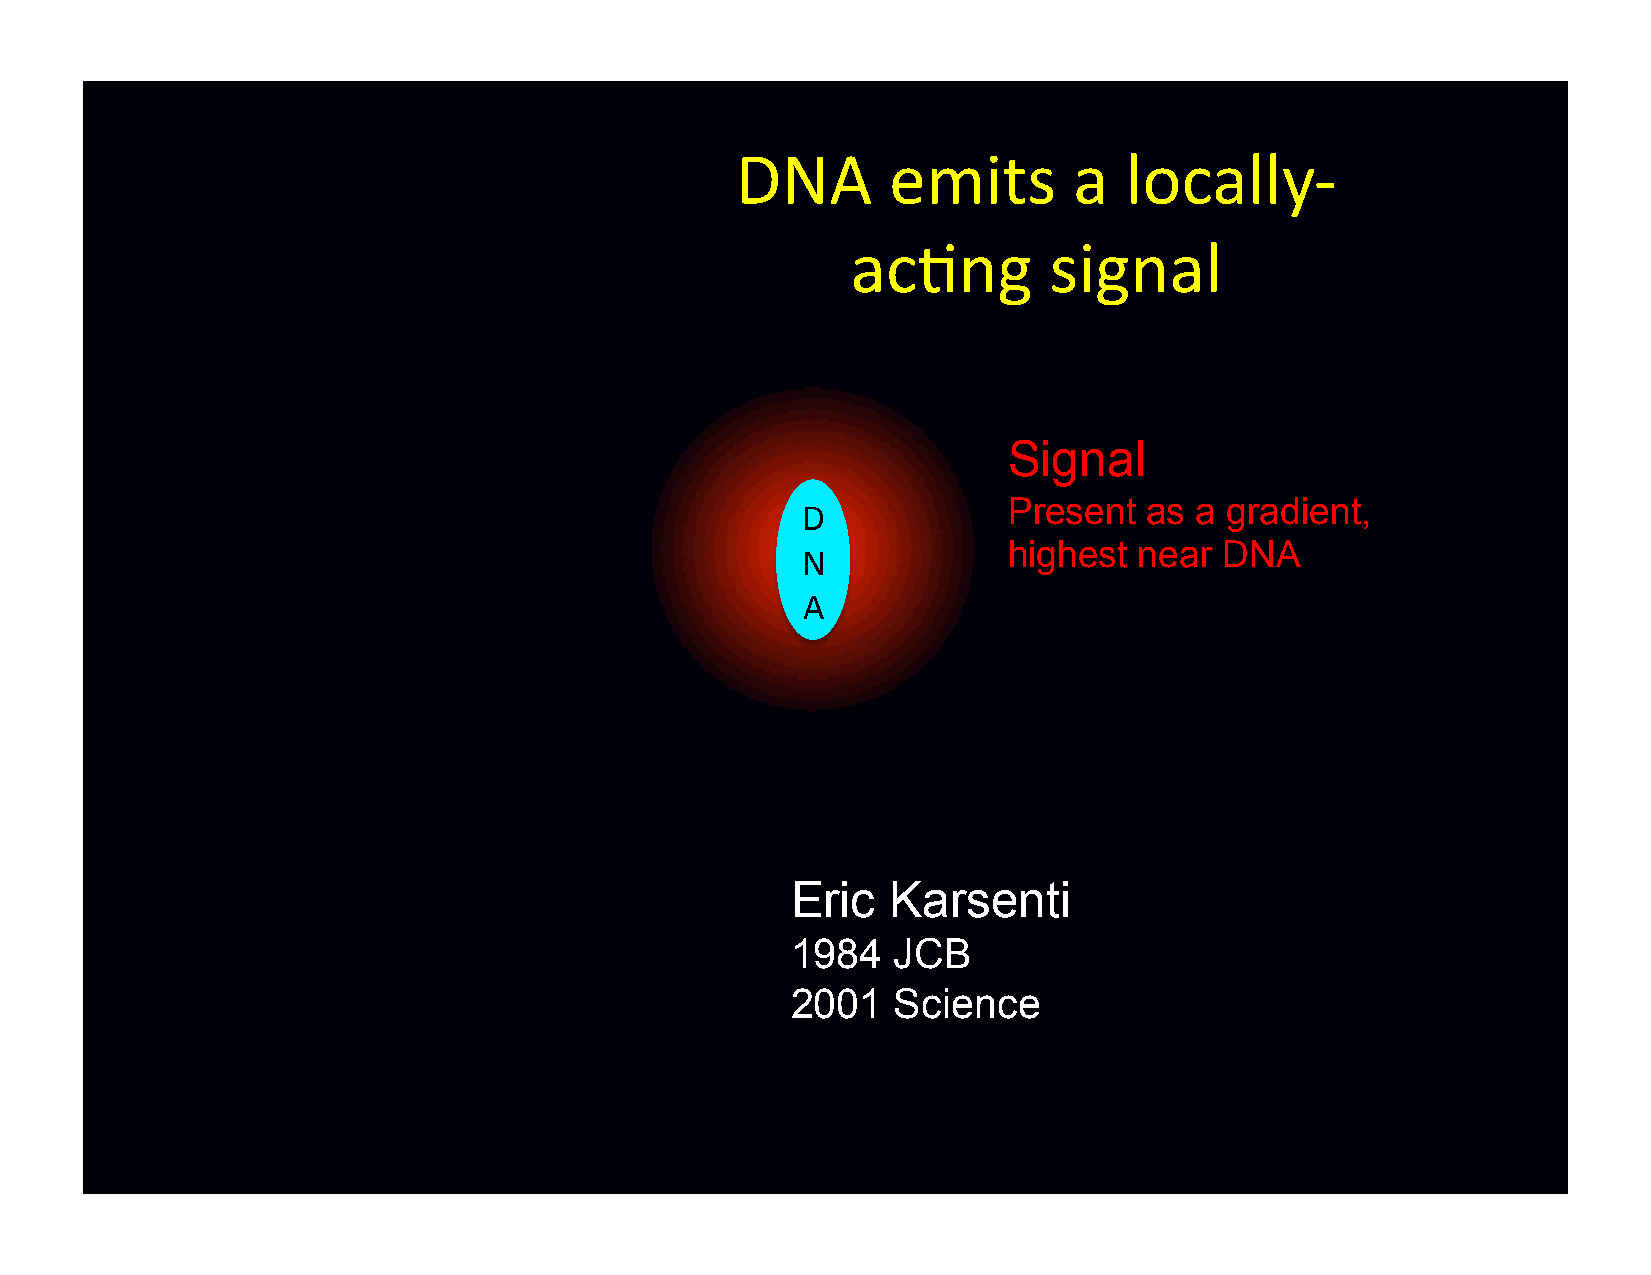
DNA       emits       a  locally-­‐
 ac-ng        signal
 Signal
 Present  as a gradient,
 D
 highest near  DNA
 N
 A
 Eric   Karsenti
 1984   JCB
 2001   Science